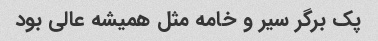
پک برگر سیر و خامه مثل همیشه عالی بود